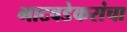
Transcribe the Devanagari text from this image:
भाटवडेकरांचा